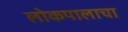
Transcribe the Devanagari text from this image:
लोकपालाचा